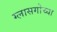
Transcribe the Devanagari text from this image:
ग्लासगोच्या